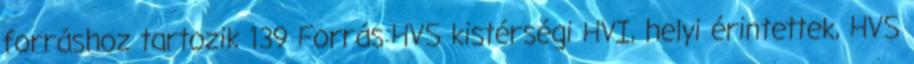
forráshoz tartozik 139 Forrás:HVS kistérségi HVI, helyi érintettek, HVS